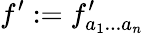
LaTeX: f^{\prime}:=f_{a_{1}...a_{n}}^{\prime}